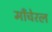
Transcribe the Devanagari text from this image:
माँचेरल